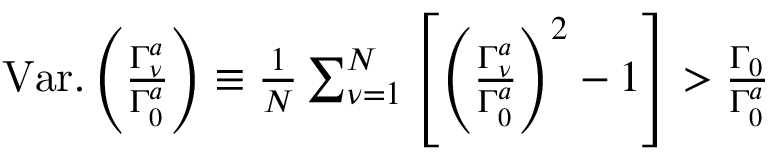
\begin{array} { r } { \mathrm { V a r . } \left( \frac { \Gamma _ { \nu } ^ { a } } { \Gamma _ { 0 } ^ { a } } \right) \equiv \frac { 1 } { N } \sum _ { \nu = 1 } ^ { N } \left[ \left( \frac { \Gamma _ { \nu } ^ { a } } { \Gamma _ { 0 } ^ { a } } \right) ^ { 2 } - 1 \right] > \frac { \Gamma _ { 0 } } { \Gamma _ { 0 } ^ { a } } } \end{array}